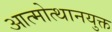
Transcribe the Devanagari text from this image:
आत्मोत्थानयुक्त